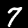
Label: 7